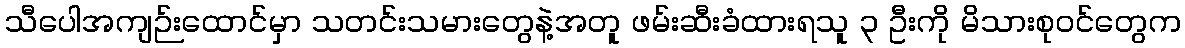
သီပေါအကျဉ်းထောင်မှာ သတင်းသမားတွေနဲ့အတူ ဖမ်းဆီးခံထားရသူ ၃ ဦးကို မိသားစုဝင်တွေက